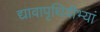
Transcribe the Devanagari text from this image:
द्यावापृथिवीभ्यां